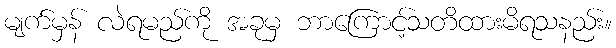
မျက်မှန် လဲရမည်ကို အခုမှ ဘာကြောင့်သတိထားမိရသနည်း။